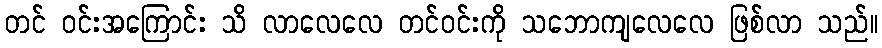
တင် ဝင်းအကြောင်း သိ လာလေလေ တင်ဝင်းကို သဘောကျလေလေ ဖြစ်လာ သည်။